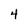
Character: 4